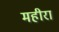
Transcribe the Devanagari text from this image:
महीरा